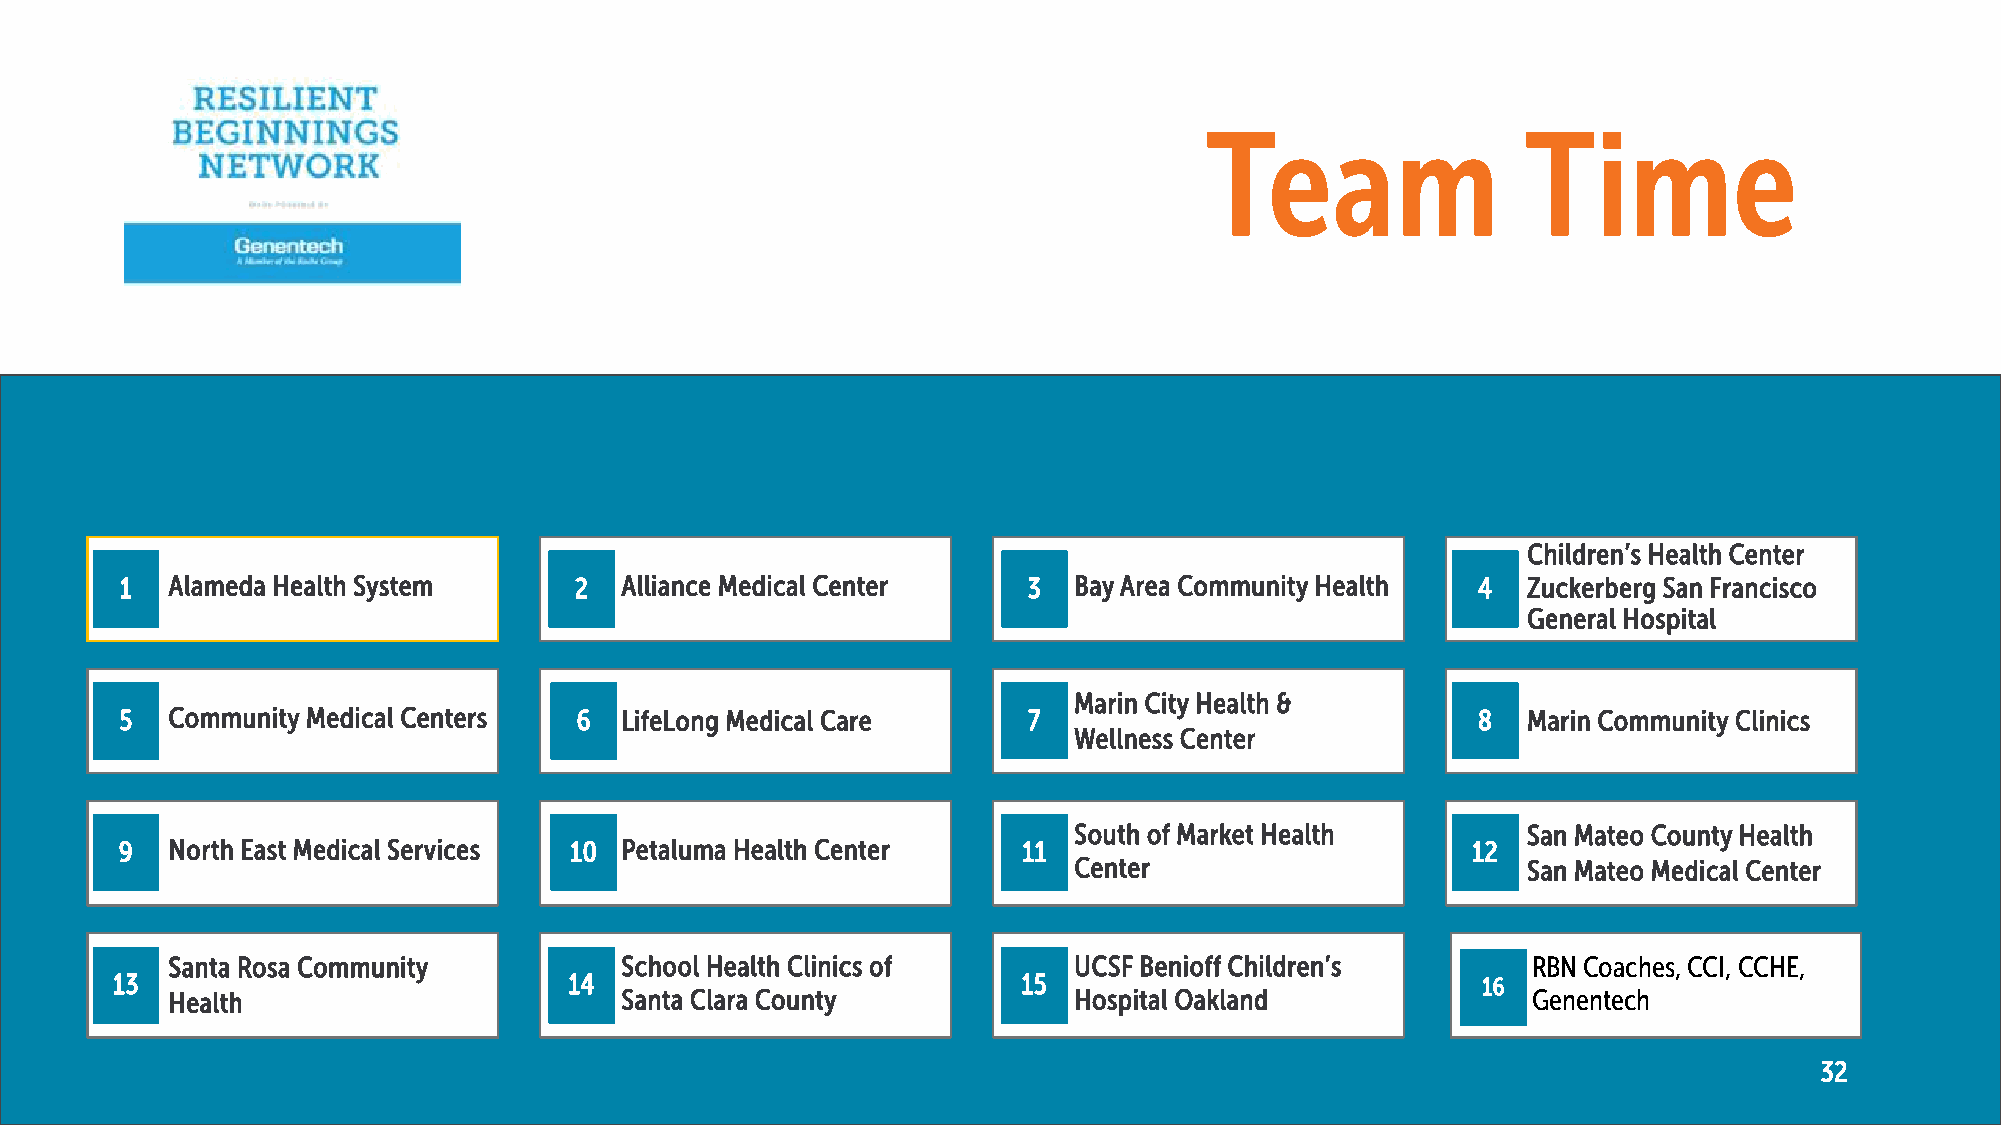
Team                 Time
 Children’s Health Center
 1  Alameda Health System      2  Alliance Medical Center    3  Bay Area Community Health  4  Zuckerberg San Francisco
 General Hospital
 Marin City Health &
 5  Community Medical Centers  6  LifeLong Medical Care      7                             8  Marin Community Clinics
 Wellness Center
 South of Market Health        San Mateo County Health
 9  North East Medical Services 10 Petaluma Health Center    11                           12
 Center                        San Mateo Medical Center
 Santa Rosa Community          School Health Clinics of      UCSF Benioff Children’s       RBN Coaches, CCI, CCHE,
 13                             14                            15                            16
 Health                        Santa Clara County            Hospital Oakland              Genentech
 32